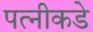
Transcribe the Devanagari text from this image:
पत्‍नीकडे